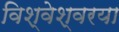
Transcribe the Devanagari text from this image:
विश्वेश्वरया